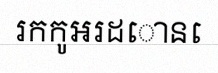
រកកូអរដោនេ